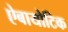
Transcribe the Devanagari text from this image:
ऐबायोटिक